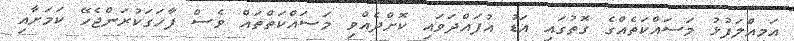
އަމިއްލަފުޅު މަސައްކަތެއްގެ ގޮތުގައި އަޑު އުފައްދަވައި ކޮށްދެއްވި މަސައްކަތްތައް ވެސް ފާހަގަކުރަންޖެހޭ ކަމަށާއި